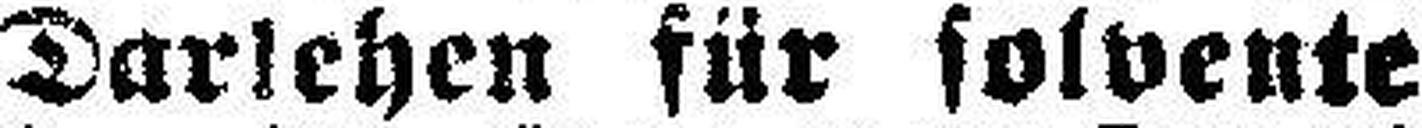
Darlehen für solvente